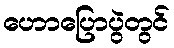
ဟောပြောပွဲတွင်